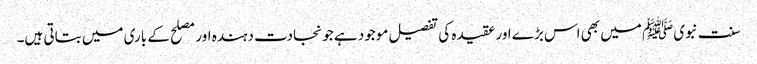
سنت نبویﷺ میں بھی اس بڑے اور عقیدہ کی تفصیل موجود ہے جو نجادت دہندہ اور مصلح کے باری میں بتاتی ہیں۔